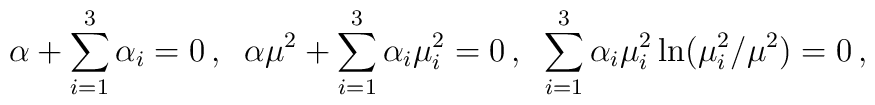
\alpha+\sum_{i=1}^3 \alpha_i=0\,, \;\;\alpha\mu^2+\sum_{i=1}^3 \alpha_i\mu_i^2=0\,, \;\;\sum_{i=1}^3 \alpha_i\mu_i^2\ln(\mu_i^2/\mu^2)=0\,,